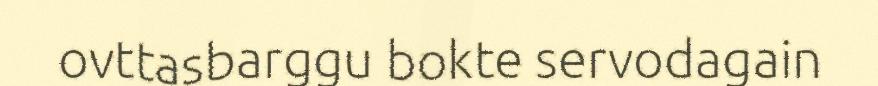
ovttasbarggu bokte servodagain